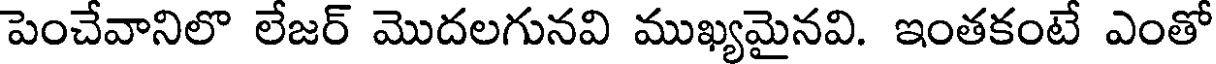
పెంచేవానిలొ లేజర్ మొదలగునవి ముఖ్యమైనవి. ఇంతకంటే ఎంతో